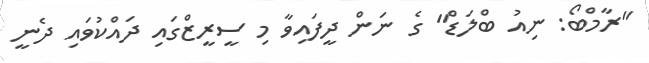
"ރާމްބޯ: ނިއު ބްލަޑް" ގެ ނަން ދީފައިވާ މި ސީރީޒްގައި ދައްކުވައި ދެނީ